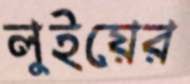
লুইয়ের